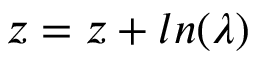
z = z + l n ( \lambda )